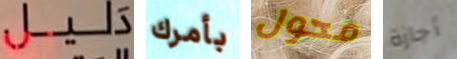
دليل بأمرك محول أجازة